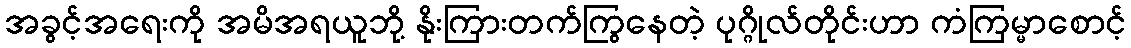
အခွင့်အရေးကို အမိအရယူဘို့ နိုးကြားတက်ကြွနေတဲ့ ပုဂ္ဂိုလ်တိုင်းဟာ ကံကြမ္မာစောင့်